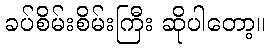
ခပ်စိမ်းစိမ်းကြီး ဆိုပါတော့။